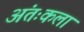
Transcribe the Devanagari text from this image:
अंतःकला